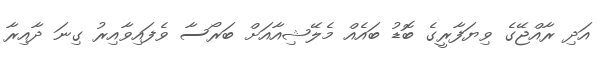
އަދި ރާއްޖޭގެ ވިޔަފާރީގެ ބޮޑު ބައެއް މެލޭޝިއާއަށް ބަރޯސާ ވެފައިވާއިރު ގިނަ ދާއިރާ